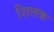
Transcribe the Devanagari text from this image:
शिलक